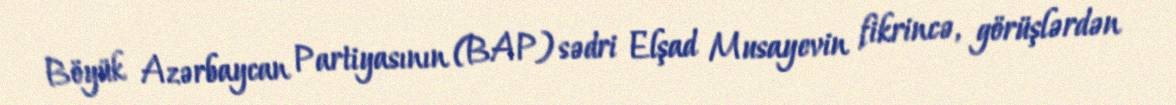
Böyük Azərbaycan Partiyasının (BAP) sədri Elşad Musayevin fikrincə, görüşlərdən